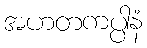
အဟတကပ္ပါနံ